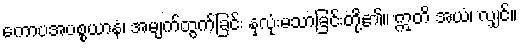
ကောပအပစ္စယာနံ၊ အမျက်ထွက်ခြင်း နှလုံးမသာခြင်းတို့၏။ ဣတိ အယံ၊ လျှင်။